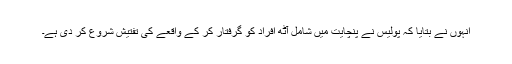
انہوں نے بتایا کہ پولیس نے پنچایت میں شامل آٹھ افراد کو گرفتار کر کے واقعے کی تفتیش شروع کر دی ہے۔